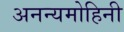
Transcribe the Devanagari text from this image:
अनन्यमोहिनी